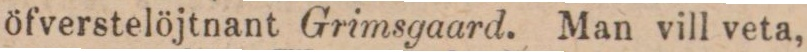
öfverstelöjtnant Grimsgaard. Man vill veta,